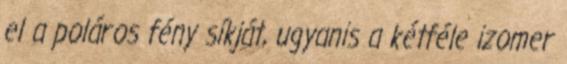
el a poláros fény síkját, ugyanis a kétféle izomer